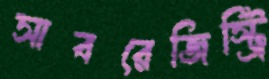
সাবরেজিস্ট্রি